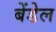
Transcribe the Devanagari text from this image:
बेंडेल